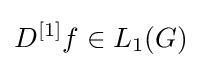
D^{[1]}f\in L_{1}(G)